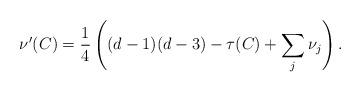
LaTeX: \begin{align*}\nu'(C)= \frac{1}{4} \left( (d-1)(d-3)-\tau(C) + \sum_{j }\nu_j \right).\end{align*}